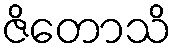
ဇိတောသိ